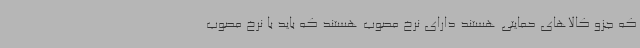
که جزو کالاهای حمایتی هستند دارای نرخ مصوب هستند که باید با نرخ مصوب